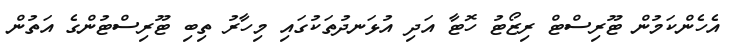
އެހެންކަމުން ޓޫރިސްޓް ރިޒޯޓު ހޮޓާ އަދި އުޅަނދުތަކުގައި މިހާރު ތިބި ޓޫރިސްޓުންގެ އަތުން